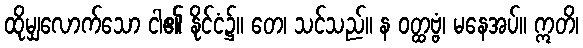
ထိုမျှလောက်သော ငါ၏ နိုင်ငံ၌။ တေ၊ သင်သည်။ န ဝတ္ထဗ္ဗံ၊ မနေအပ်။ ဣတိ၊